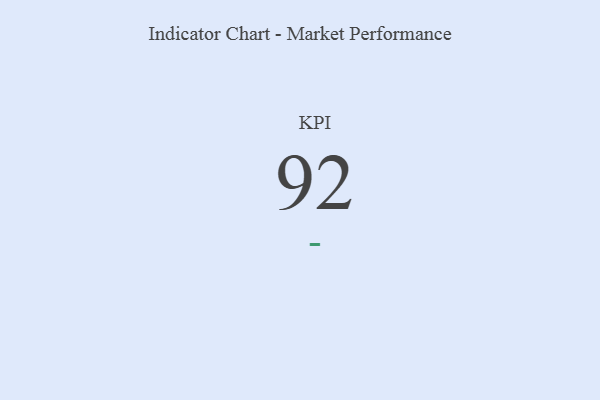
{"axis": {"x": "KPI", "y": "Value"}, "legend": [""], "data": [{"x": "KPI", "y": 92, "type": ""}]}